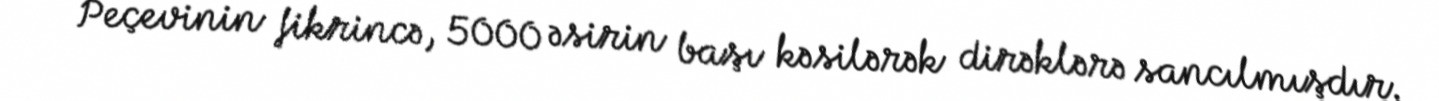
Peçevinin fikrincə, 5000 əsirin başı kəsilərək dirəklərə sancılmışdır.